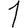
Digit: 1